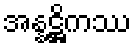
အန္နဋ္ဌိကဿ